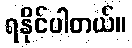
ရနိုင်ပါတယ်။